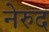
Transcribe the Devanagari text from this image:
नेरुद